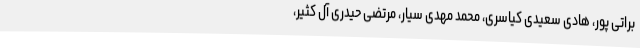
براتی پور، هادی سعیدی کیاسری، محمد مهدی سیار، مرتضی حیدری آل کثیر،